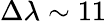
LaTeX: \Delta\lambda\sim 11